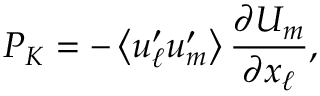
P _ { K } = - \left\langle { u _ { \ell } ^ { \prime } u _ { m } ^ { \prime } } \right\rangle \frac { \partial U _ { m } } { \partial x _ { \ell } } ,